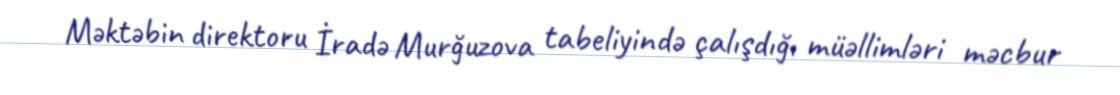
Məktəbin direktoru İradə Murğuzova tabeliyində çalışdığı müəllimləri məcbur